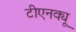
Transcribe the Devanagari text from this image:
टीएनक्यू